画像に写った文字を読んでください
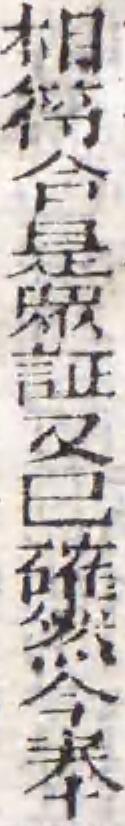
「相符合是眾証又巳確然今奉」と書いてあります